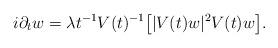
LaTeX: \begin{align*}i\partial_t w = \lambda t^{-1} V(t)^{-1}\bigl[|V(t)w|^2 V(t)w\bigr]. \end{align*}